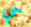
حي